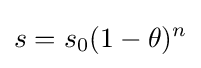
s=s_{0}(1-\theta )^{n}